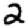
Digit: 2